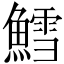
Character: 鱈